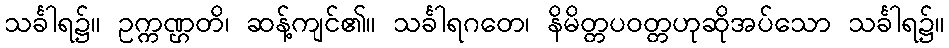
သင်္ခါရ၌။ ဥက္ကဏ္ဌတိ၊ ဆန့်ကျင်၏။ သင်္ခါရဂတေ၊ နိမိတ္တပဝတ္တဟုဆိုအပ်သော သင်္ခါရ၌။